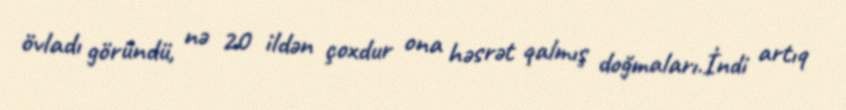
övladı göründü, nə 20 ildən çoxdur ona həsrət qalmış doğmaları.İndi artıq